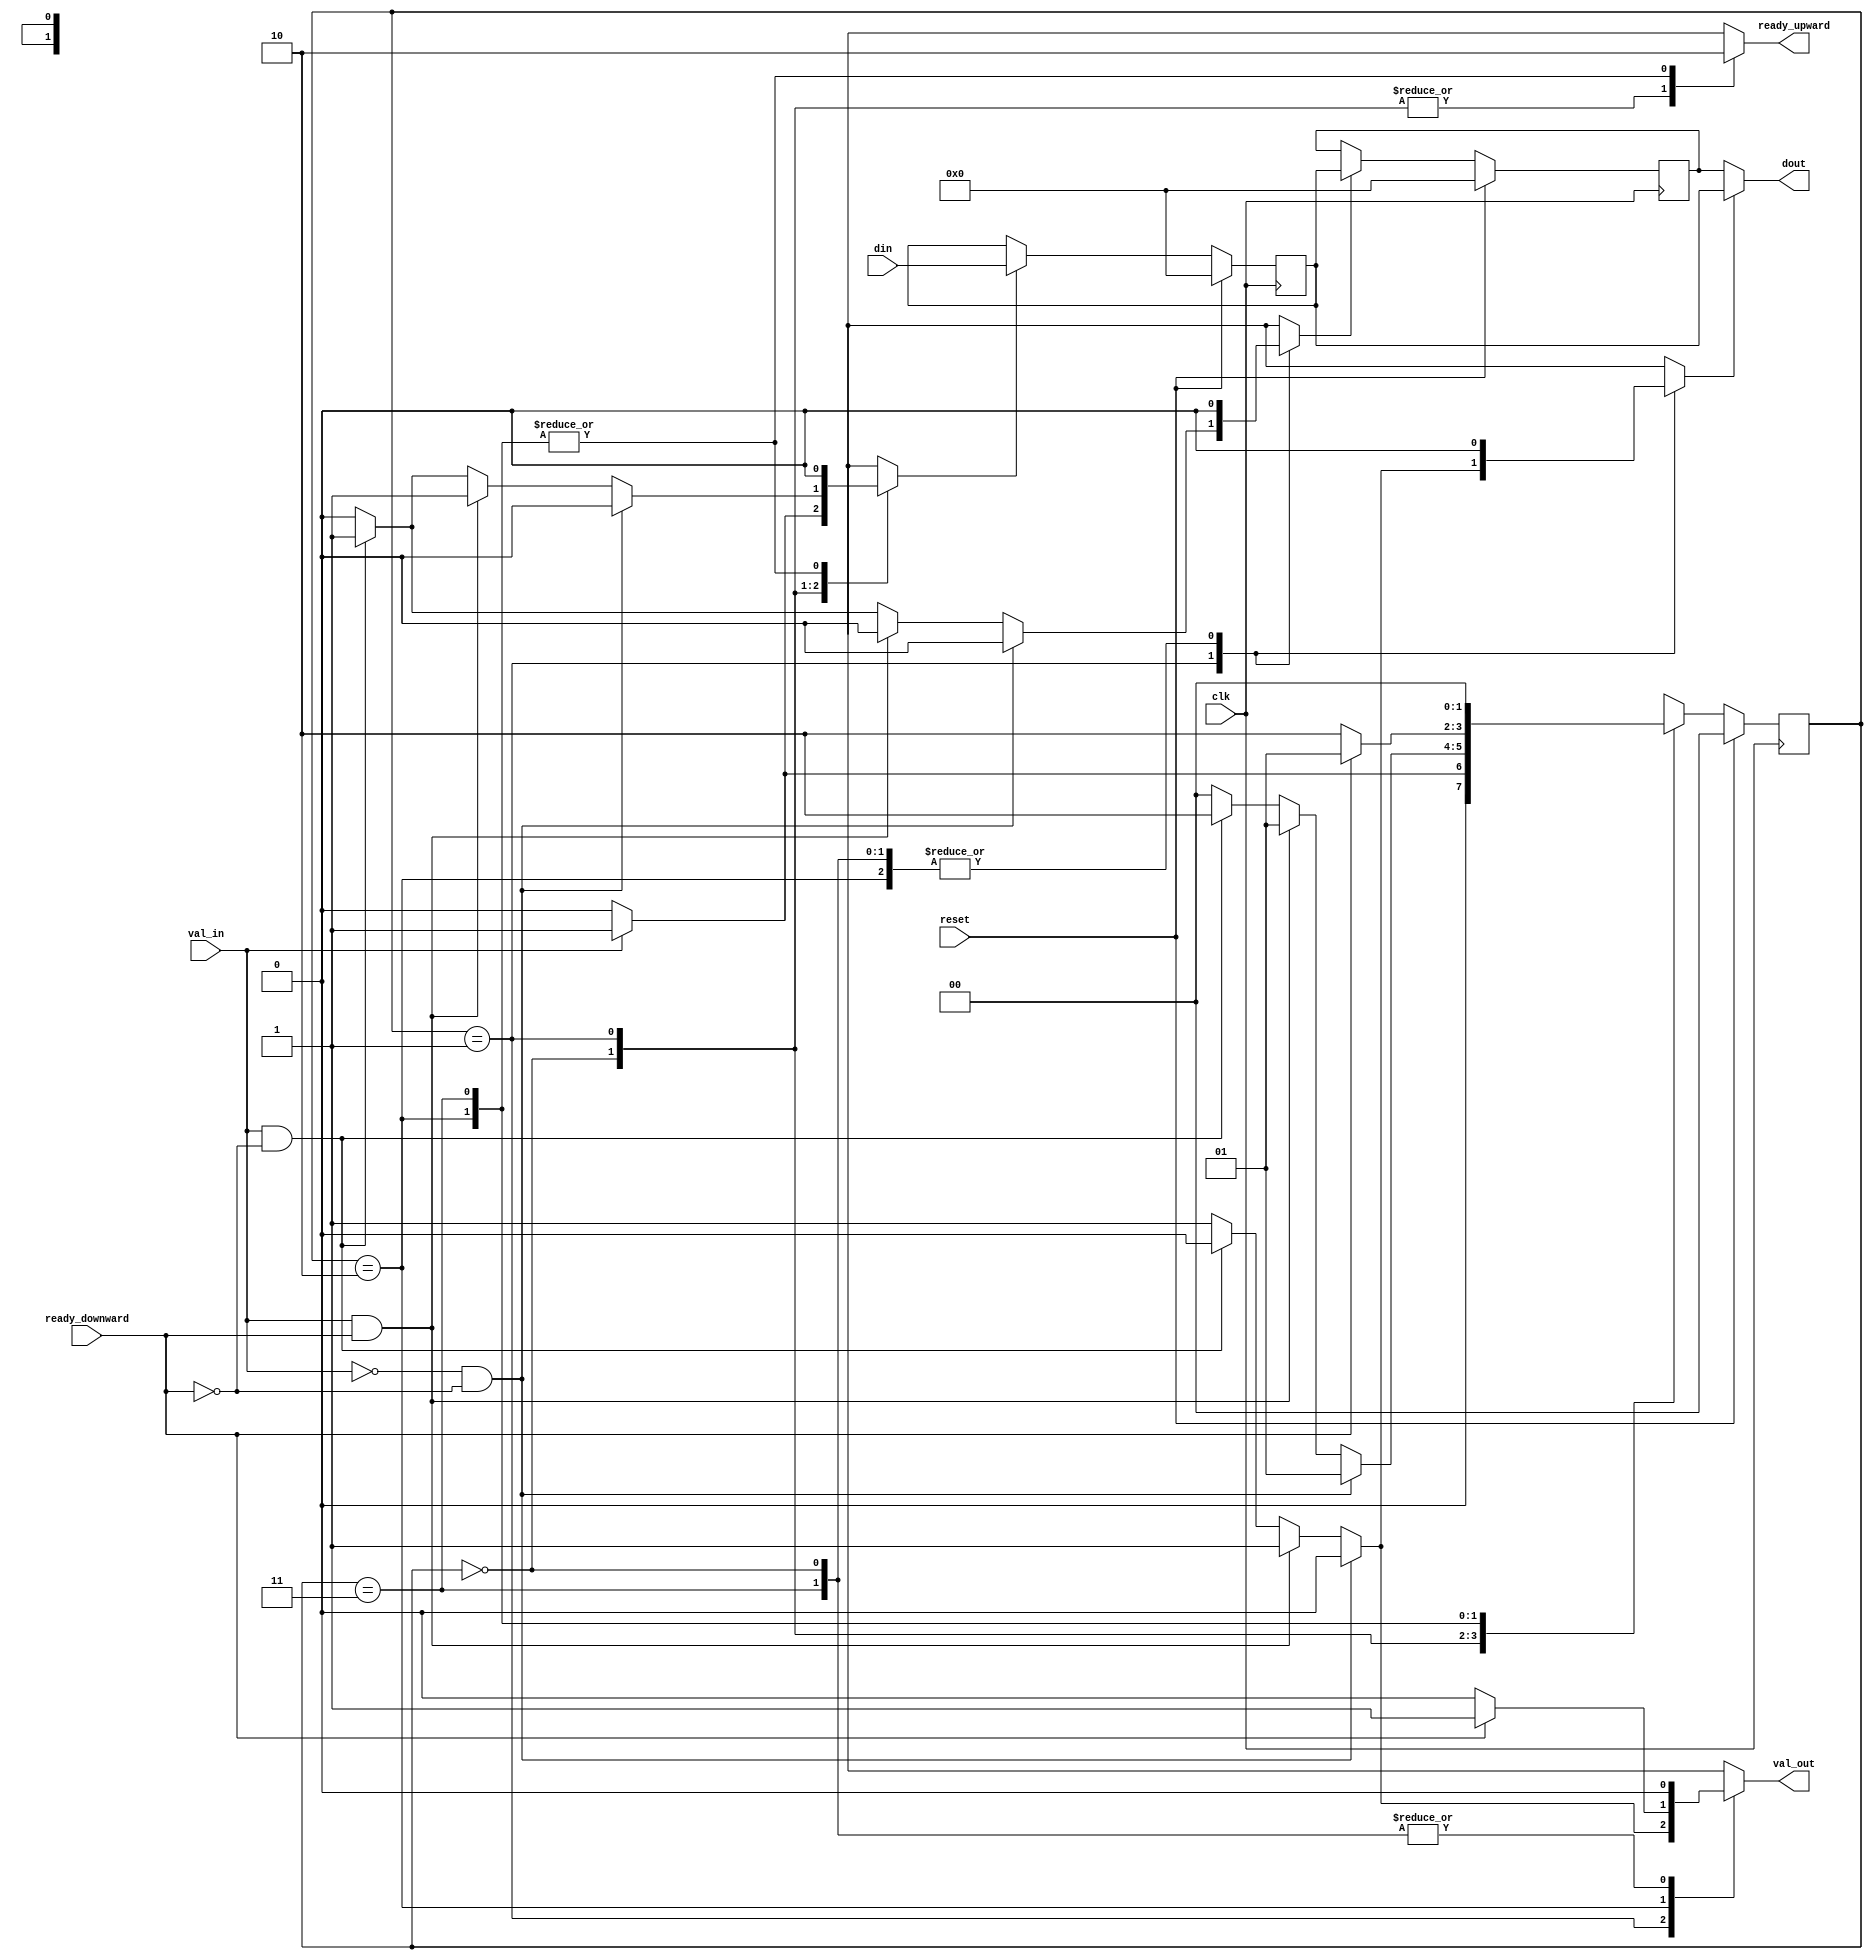

`timescale 1ns / 1ps
//////////////////////////////////////////////////////////////////////////////////
// Company: 
// Engineer: 
// 
// Design Name: 
// Module Name: RelayStation
// Project Name: 
// Target Devices: 
// Tool Versions: 
// Description: 
// 
// Dependencies: 
// 
// Revision:
// Revision 0.01 - File Created
// Additional Comments:
// 
//////////////////////////////////////////////////////////////////////////////////


module RelayStation #(
    parameter NUM_BRAM_ADDR_BITS = 7,
    parameter PAYLOAD_BITS=32
    )(
    input clk,
    input reset,
    input ready_downward,
    output reg val_out,
    output reg ready_upward,
    input val_in,
    input [PAYLOAD_BITS-1:0] din,
    output [PAYLOAD_BITS-1:0] dout
    );
    localparam EMPTY = 2'b00;
    localparam HALF  = 2'b01;
    localparam FULL  = 2'b10;
    localparam ERR   = 2'b11;
    
    
    reg [1:0] state;
    reg [1:0] next_state;
    reg main_en;
    reg aux_en;
    reg main_val;
    
    reg [PAYLOAD_BITS-1:0] main;
    reg [PAYLOAD_BITS-1:0] aux;
    
    always@(posedge clk) begin
        if(reset)
            state <= EMPTY;
        else
            state <= next_state;
    end
    
    
    // next_state;
    // main_en;
    // aux_en;
    // main_val;
    // val_out;
    // stop_upward   
    always@(*) begin
        case(state)
            EMPTY: begin
                if(!val_in) begin
                    next_state = EMPTY;
                    main_en  = 0;
                    aux_en   = 0;
                    main_val = 0;
                    val_out  = 0;
                    ready_upward = 1;
                end else begin
                    next_state = HALF;
                    main_en  = 1;
                    aux_en   = 0;
                    main_val = 0;
                    val_out  = 0;
                    ready_upward = 1;
                end
            end
            
            HALF: begin
                if((!val_in) && (!ready_downward)) begin
                    next_state = HALF;
                    main_en = 0;
                    aux_en = 0;
                    main_val = 0;
                    val_out  = 0;
                    ready_upward = 1;
                end else if (val_in && ready_downward) begin
                    next_state = HALF;
                    main_en = 1;
                    aux_en  = 0;
                    main_val = 1;
                    val_out = 1;
                    ready_upward = 1;
                end else if (val_in && (!ready_downward)) begin 
                    next_state = FULL;
                    main_en = 1;
                    aux_en  = 1;
                    main_val = 0;
                    val_out = 0;
                    ready_upward = 1;
                end else begin
                    next_state = EMPTY;
                    main_en = 0;
                    aux_en = 0;
                    main_val = 1;
                    val_out = 1;
                    ready_upward = 1;
                end
            end
            
            FULL: begin
                if(!ready_downward) begin
                    next_state = FULL;
                    main_en = 0;
                    aux_en = 0;
                    main_val = 0;
                    val_out = 0;
                    ready_upward = 0;
                end else begin
                    next_state = HALF;
                    main_val = 0;
                    val_out = 1;
                    main_en = 0;
                    aux_en = 0;
                    ready_upward = 0;
                end
            end
                
            ERR: begin
                next_state = 0;
                main_en = 0;
                aux_en = 0;
                main_val = 0;
                val_out = 0;
                ready_upward = 0;    
            end 
        endcase
    end
    
    always@(posedge clk) begin
        if(reset) begin
            main <= 0;
            aux  <= 0;
        end else begin
            if(main_en)
                main <= din;
            else
                main <= main;
            if(aux_en) 
                aux <= main;
            else
                aux <= aux;
        end
    end   
    
    
    assign dout = main_val ? main : aux; 
        
    
endmodule